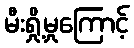
မီးရှို့မှုကြောင့်